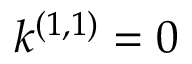
k ^ { ( 1 , 1 ) } = 0